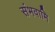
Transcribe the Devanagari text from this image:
संभवामि